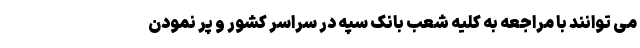
می توانند با مراجعه به کلیه شعب بانک سپه در سراسر کشور و پر نمودن